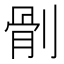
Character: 𠞡